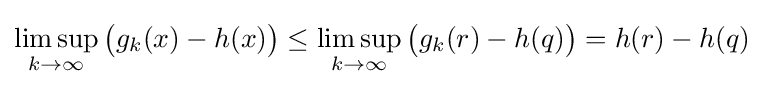
\limsup \limits _{k\rightarrow \infty }{\bigl (}g_{k}(x)-h(x){\bigr )}\leq \limsup \limits _{k\rightarrow \infty }{\bigl (}g_{k}(r)-h(q){\bigr )}=h(r)-h(q)